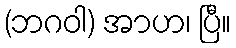
(ဘဂဝါ) အာဟ၊ ပြီ။